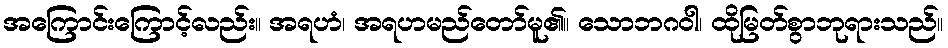
အကြောင်းကြောင့်လည်း။ အရဟံ၊ အရဟမည်တော်မူ၏။ သောဘဂဝါ၊ ထိုမြတ်စွာဘုရားသည်။